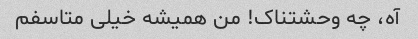
آه، چه وحشتناک! من همیشه خیلی متاسفم